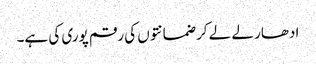
ادھار لے لے کر ضمانتوں کی رقم پوری کی ہے۔